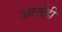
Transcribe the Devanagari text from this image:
आर्तही